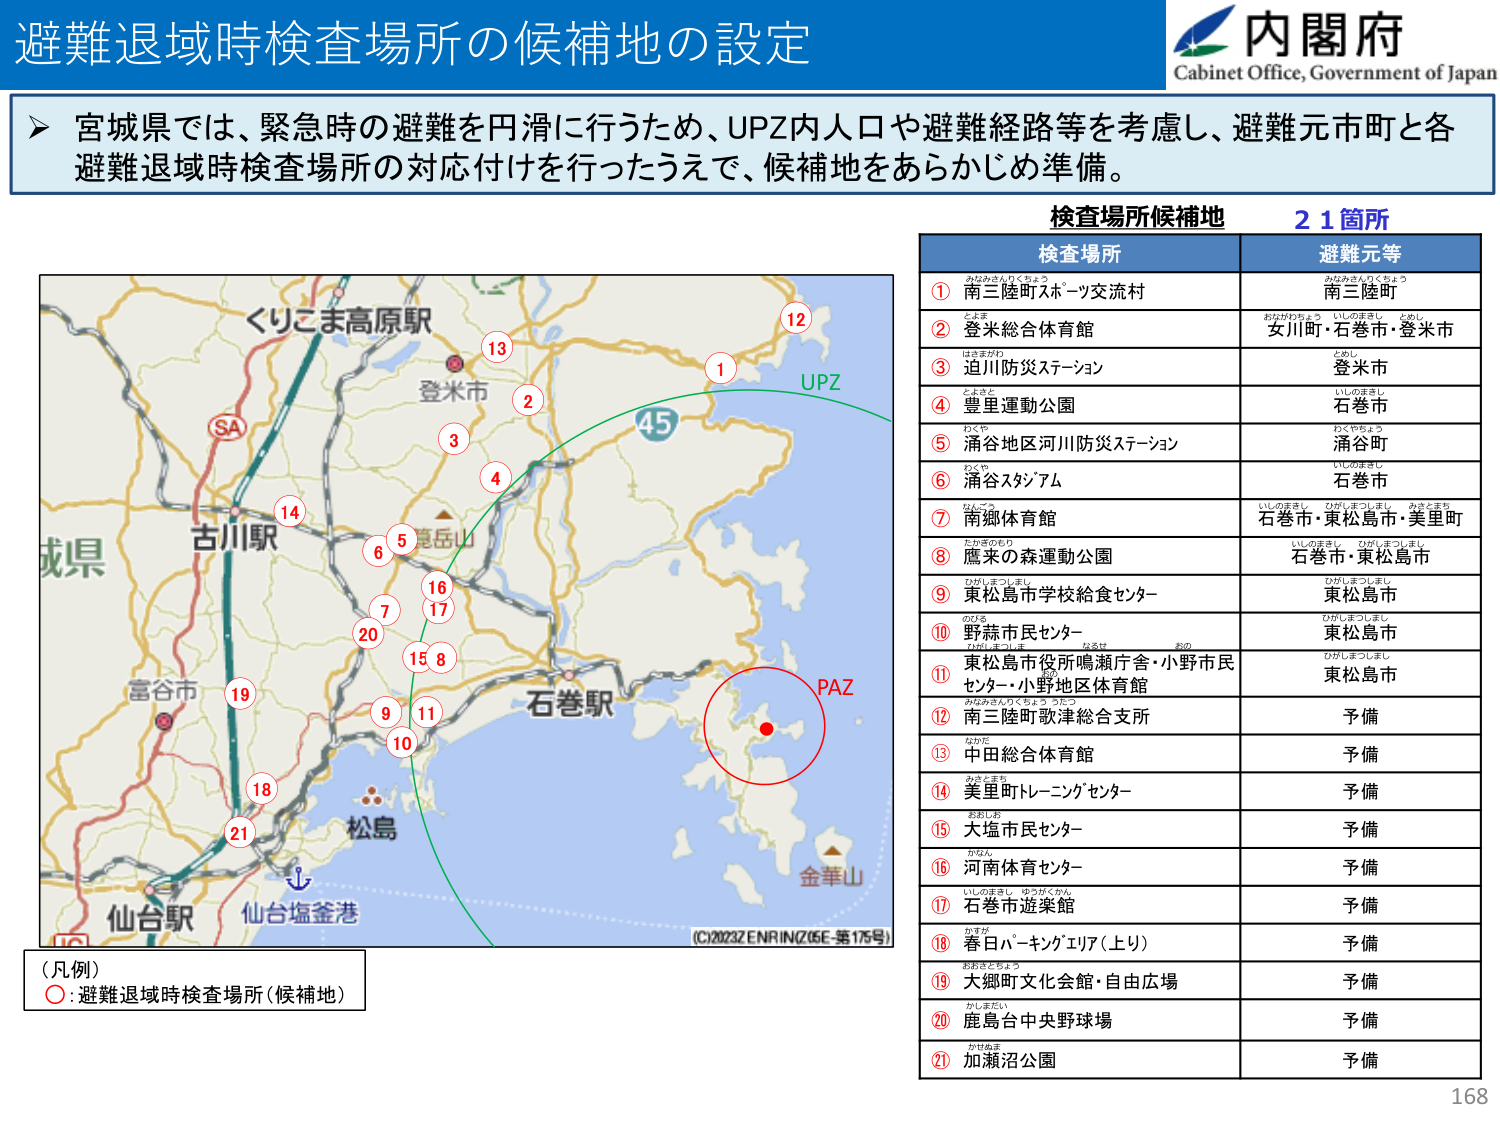
避難退域時検査場所の候補地の設定

内閣府
Cabinet Office, Government of Japan

▶ 宮城県では、緊急時の避難を円滑に行うため、UPZ内人口や避難経路等を考慮し、避難元市町と各避難退域時検査場所の対応付けを行ったうえで、候補地をあらかじめ準備。

検査場所候補地 21箇所

検査場所 避難元等

① みなみさんりくちょう 南三陸町スポーツ交流村 みなみさんりくちょう 南三陸町
② とよま 登米総合体育館 おがわちょう いしのまち とめし 安川町・石巻市・登米市
③ はまますがわ 迫川防災ステーション とめし 登米市
④ こよまと 豊里運動公園 いしのまち 石巻市
⑤ わくや 涌谷地区河川防災ステーション わくやちょう 涌谷町
⑥ わくや 涌谷スタジアム いしのまち 石巻市
⑦ なごろ 南郷体育館 いしのまち ひがしまつしまし みさとまち 石巻市・東松島市・美里町
⑧ たかさのもり 鷹来の森運動公園 いしのまち ひがしまつしまし 石巻市・東松島市
⑨ ひがしまつしまし 東松島市学校給食センター ひがしまつしまし 東松島市
⑩ のびる 野蒜市民センター ひがしまつしまし 東松島市
⑪ ひがしまつしまし みるぼ おの 東松島市役所鳴瀬庁舎・小野市民センター・小野地区体育館 ひがしまつしまし 東松島市
⑫ みなみさんりくちょう うたつ 南三陸町歌津総合支所 予備
⑬ なかた 中田総合体育館 予備
⑭ みさとまち 美里町トレーニングセンター 予備
⑮ おおしお 大塩市民センター 予備
⑯ かねん 河南体育センター 予備
⑰ いしのまち ゆうがくかん 石巻市遊楽館 予備
⑱ はるた 春日パーキングエリア（上り） 予備
⑲ おおざとちょう 大郷町文化会館・自由広場 予備
⑳ かしまたい 鹿島台中央野球場 予備
㉑ かせぬま 加瀬沼公園 予備

（凡例）
〇：避難退域時検査場所（候補地）

くりこま高原駅
登米市
古川駅
SA
富谷市
石巻駅
松島
仙台駅
仙台塩釜港
亀岳山
45
UPZ
PAZ
金華山
(C)2023ZENRIN(Z06E-第175号)

168